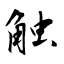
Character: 触